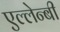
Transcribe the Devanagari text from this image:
एल्लेन्बी